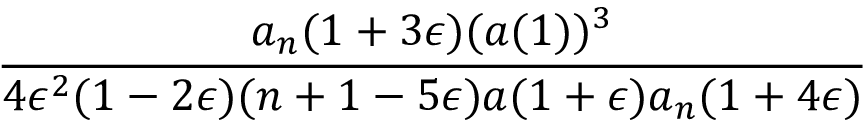
\frac { a _ { n } ( 1 + 3 \epsilon ) ( a ( 1 ) ) ^ { 3 } } { 4 \epsilon ^ { 2 } ( 1 - 2 \epsilon ) ( n + 1 - 5 \epsilon ) a ( 1 + \epsilon ) a _ { n } ( 1 + 4 \epsilon ) }